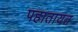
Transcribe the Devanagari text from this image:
पहातायत